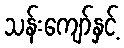
သန်းကျော်နှင့်